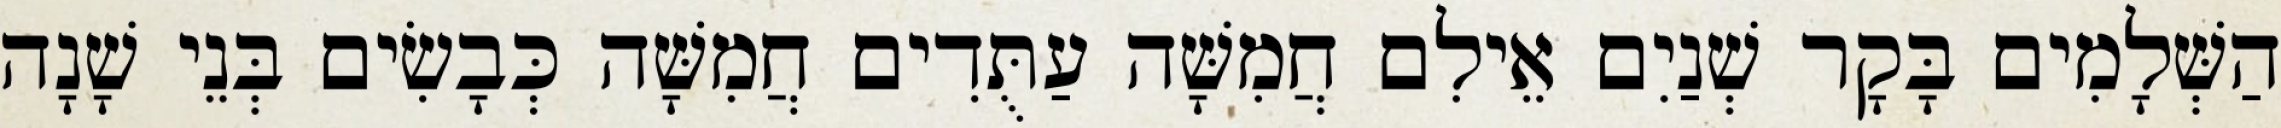
הַשְּׁלָמִים בָּקָר שְׁנַיִם אֵילִם חֲמִשָּׁה עַתֻּדִים חֲמִשָּׁה כְּבָשִׂים בְּנֵי שָׁנָה